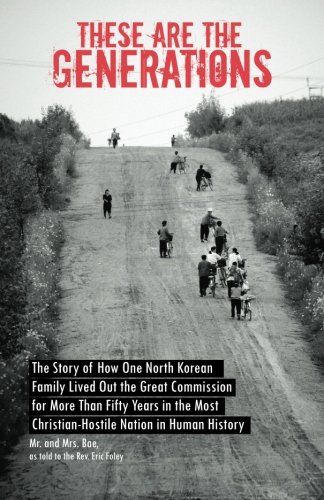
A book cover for These are the Generations; Eric Foley; Religion & Spirituality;